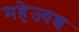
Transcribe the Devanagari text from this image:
महेज्यश्च